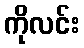
ကိုလင်း